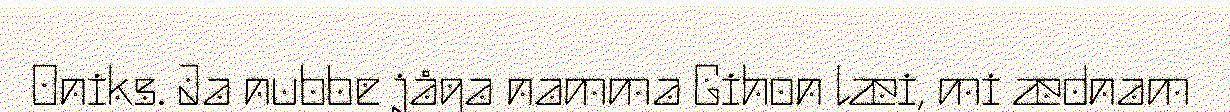
Oniks. Ja nubbe jåga namma Gihon læi, mi ædnam